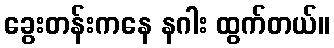
ခွေးတန်းကနေ နဂါး ထွက်တယ်။